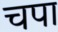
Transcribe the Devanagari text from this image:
चपा